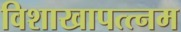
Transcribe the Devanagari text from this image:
विशाखापत्त्नम